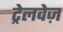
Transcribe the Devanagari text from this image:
ट्रेलवेज़